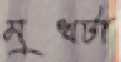
মুখটা